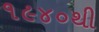
૧૯૪૦થી